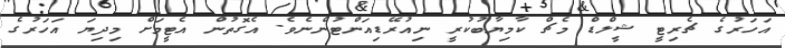
އަހަރުގެ ޗެރިޓީ ޝީލްޑް މެޗް ކާމިޔާބުކުރީ ނިއުރޭޑިއަންޓުންނެވެ. އެގޮތުން އެޓީމަށް މިދިޔަ އަހަރުގެ